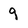
Character: 9